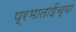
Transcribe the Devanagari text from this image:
प्रभाताईंच्या